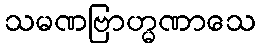
သမဏဗြာဟ္မဏာသေ